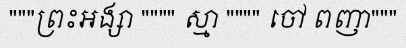
"""ព្រះអង្សា """" ស្មា """" ចៅ ពញា"""